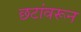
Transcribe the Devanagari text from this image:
छटांवरून